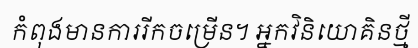
កំពុងមានការរីកចម្រើន។ អ្នកវិនិយោគិនថ្មី